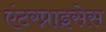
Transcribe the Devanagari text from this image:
एंटरप्राइसेस